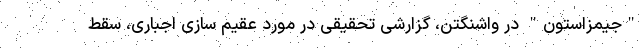
"جیمزاستون" در واشنگتن، گزارشی تحقیقی در مورد عقیم سازی اجباری، سقط